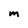
Character: M